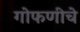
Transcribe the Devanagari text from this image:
गोफणीचे